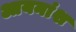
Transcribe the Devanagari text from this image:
आयनांश